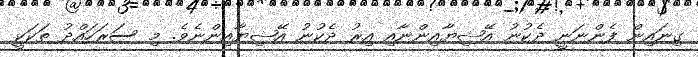
ގިނައިން ފެންނަނީ ދެކުނު އޭޝިޔާއިންނާއި އިރު ދެކުނު އޭޝިޔާއިންނެވެ. މި ސަރަހައްދު ތަކަކީ